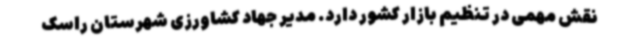
نقش مهمی در تنظیم بازار کشور دارد. مدیر جهاد کشاورزی شهرستان راسک